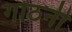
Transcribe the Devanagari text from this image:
गोठनी